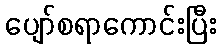
ပျော်စရာကောင်းပြီး